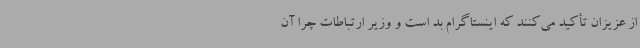
از عزیزان تأکید می‌کنند که اینستاگرام بد است و وزیر ارتباطات چرا آن